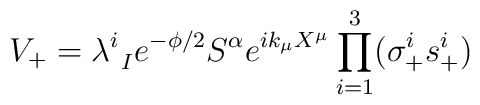
V_+ = \lambda^i_{\ I}e^{-\phi/2} S^{\alpha} e^{ik_\mu X^\mu}\prod_{i=1}^3 (\sigma_+^i s_+^i)